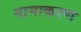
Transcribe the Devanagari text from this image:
नामाकरण्‍ा